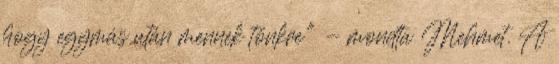
hogy egymás után mennek tönkre" - mondta Mehmet. A